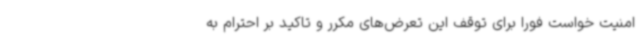
امنیت خواست فورا برای توقف این تعرض‌های مکرر و تاکید بر احترام به